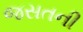
જસતની